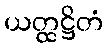
ယတ္ထဋ္ဌိတံ